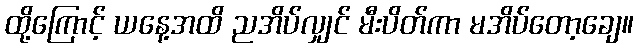
ထို့ကြောင့် ယနေ့အထိ ညအိပ်လျှင် မီးပိတ်ကာ မအိပ်တော့ချေ။